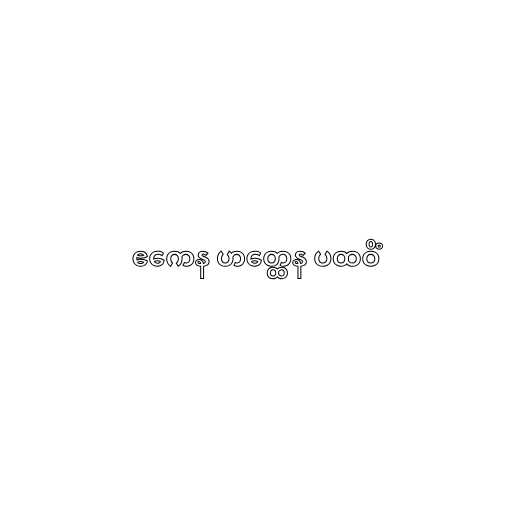
ဧကေန ဟတ္ထေန ပထဝိံ